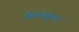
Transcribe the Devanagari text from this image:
नियमानूसार